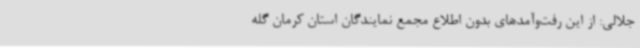
جلالی: از این رفت‌وآمدهای بدون اطلاع مجمع نمایندگان استان کرمان گله